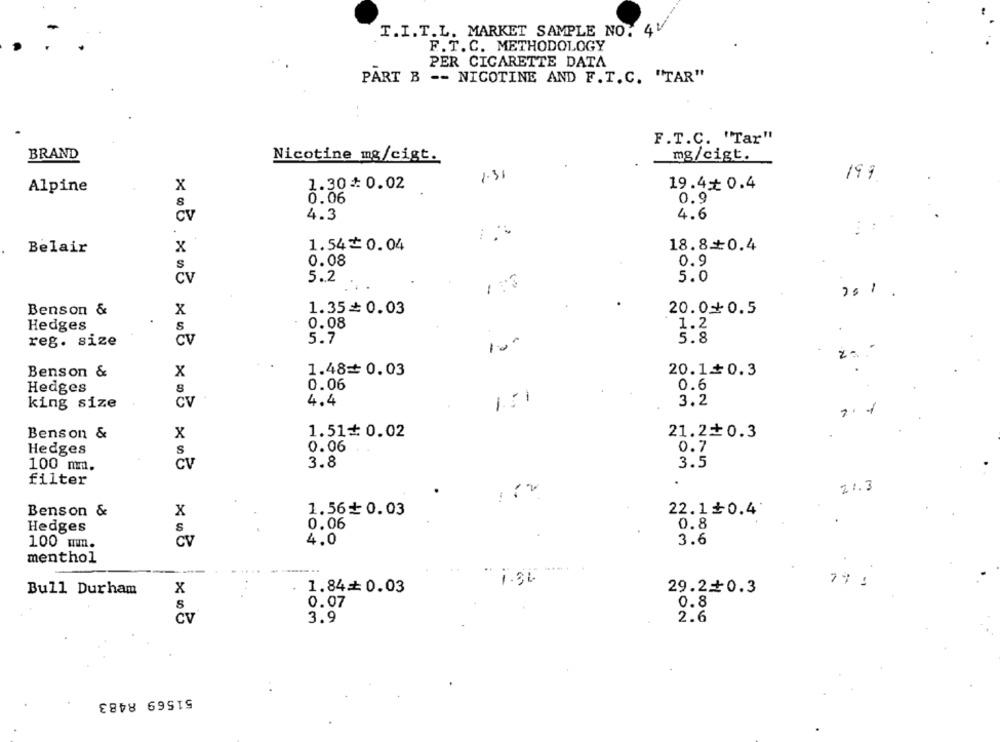
T. I. T.L. MARKET SAMPLE NO. 4V
F.T. C. METHODOLOGY
PER CIGARETTE DATA
PART B -- NICOTINE AND F.T.C. "TAR"
. .
F.T.C. "Tar"
BRAND
mg/cigt.
Nicotine mg/cigt.
1.31
199
1.30 = 0.02
19.4+ 0.4
Alpine
X
0.06
0.9
8
4.6
CV
4.3
Belair
x
1.540.04
18.8+0.4
S
0.08
0.9
CV
5.2
5.0
-
1
Benson &
X
1.35= 0.03
20.00.5
Hedges
S
0.08
1.2
Cv
5.7
10.
5.8
reg. size
1.48= 0.03
20.1+0.3
Benson &
X
0.06
0.6
Hedges
8
1:1
3.2
king size
CV
4.4
Benson &
X
1.51+ 0.02
21.2+0.3
0.7
Hedges
S
0.06
100 mmm.
CV
3.8
3.5
filter
21.3
Benson &
x
1.56+0.03
22.1+0.4
0.06
0.8
Hedges
S
CV
4.0
3.6
100 mm.
menthol
.....
79 :
Bull Durham
x
1.84= 0.03
29.20.3
0.07
0.8
CV
3.9
2.6
51569 8483